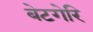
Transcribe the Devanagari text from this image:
बेटगेरि